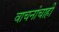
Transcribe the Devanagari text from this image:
वाचनांचाही